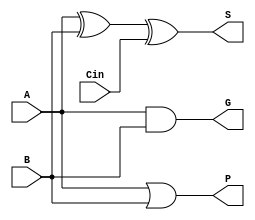
`timescale 1ns/100ps

module module_x(
  	input A,
    input B,
    input Cin,
    output G,
    output P,
    output S);

    wire xor1_xor2;

    and (G,A,B);
    or (P,A,B);
    xor xor1(xor1_xor2,A,B);
  xor xor2(S,xor1_xor2,Cin);

endmodule